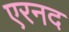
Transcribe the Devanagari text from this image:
एरनद